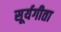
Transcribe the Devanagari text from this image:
सूर्यगीता